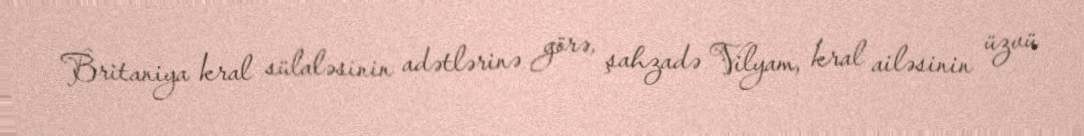
Britaniya kral sülaləsinin adətlərinə görə, şahzadə Vilyam, kral ailəsinin üzvü